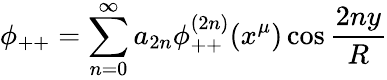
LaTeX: \phi_{++}=\sum_{n=0}^{\infty}a_{2n}\phi_{++}^{(2n)}(x^{\mu})\cos\frac{2ny}{R}